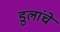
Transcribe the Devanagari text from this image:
डुलांचे